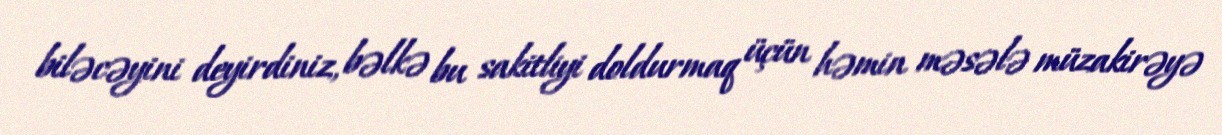
biləcəyini deyirdiniz, bəlkə bu sakitliyi doldurmaq üçün həmin məsələ müzakirəyə